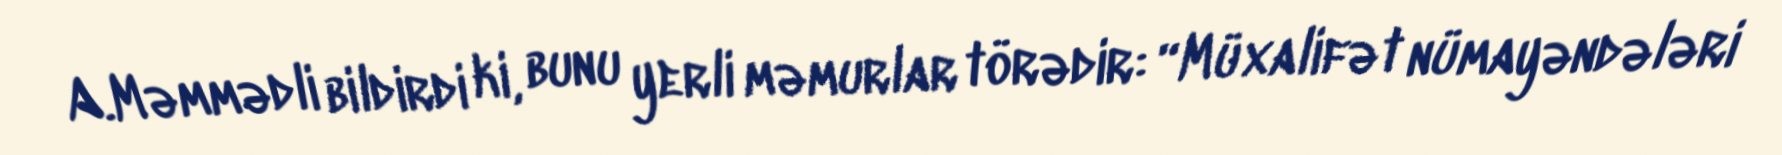
A.Məmmədli bildirdi ki, bunu yerli məmurlar törədir: “Müxalifət nümayəndələri